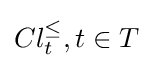
Cl_{t}^{\leq },t\in T